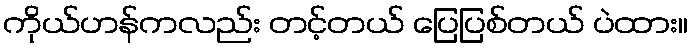
ကိုယ်ဟန်ကလည်း တင့်တယ် ပြေပြစ်တယ် ပဲထား။